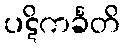
ပဋိကင်္ခတိ